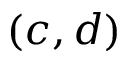
( c , d )